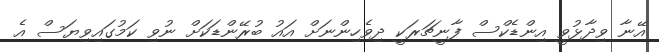
އޭނާ ވިދާޅުވީ އިންޑެކްސް ފާނީޗަރަކީ ދިވެހިންނަށް އައު ބުރޭންޑަކަށް ނުވި ކަމުގައިވިޔަސް އެ